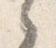
之